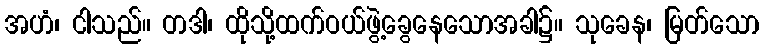
အဟံ၊ ငါသည်။ တဒါ၊ ထိုသို့ထက်ဝယ်ဖွဲ့ခွေနေသောအခါ၌။ သုခေန၊ မြတ်သော